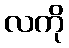
လကို